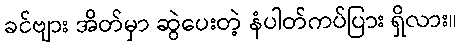
ခင်ဗျား အိတ်မှာ ဆွဲပေးတဲ့ နံပါတ်ကပ်ပြား ရှိလား။